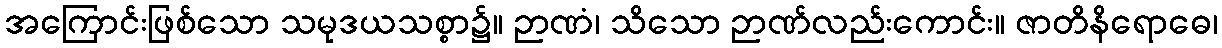
အကြောင်းဖြစ်သော သမုဒယသစ္စာ၌။ ဉာဏံ၊ သိသော ဉာဏ်လည်းကောင်း။ ဇာတိနိရောဓေ၊